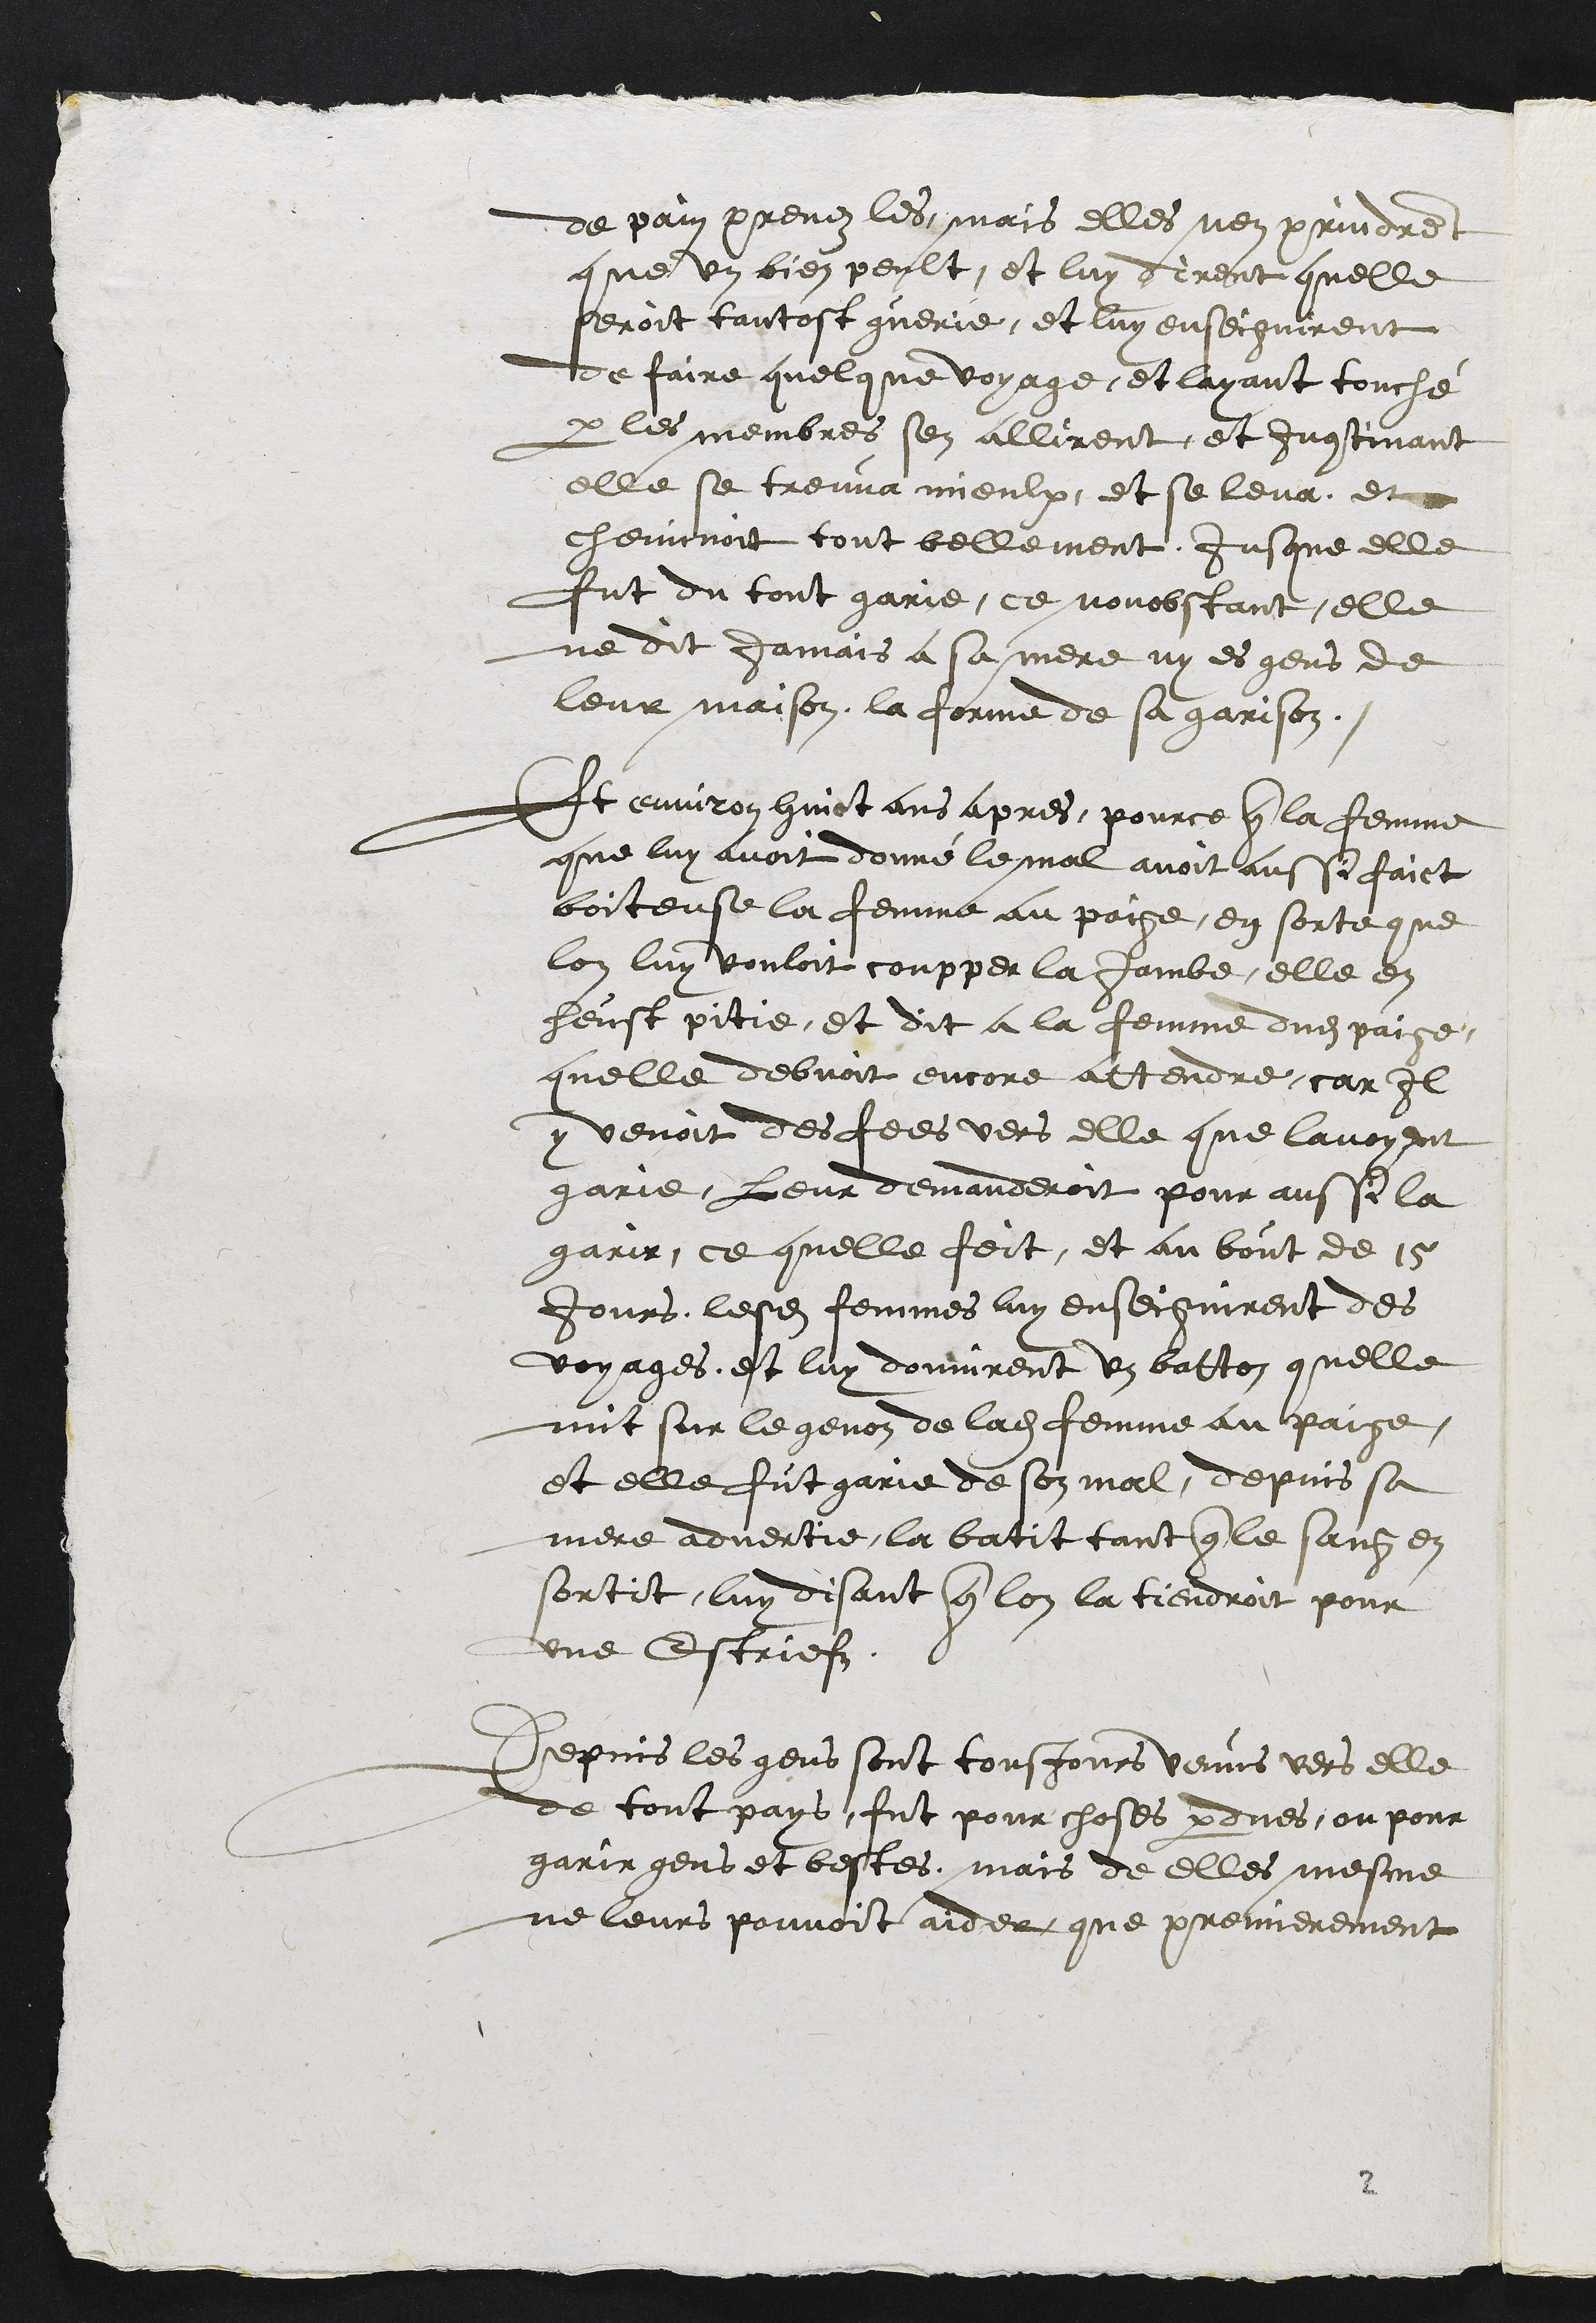
de pain prenez les mais elles nen prindrent
que un bien peult, et luy dirent quelle
seroit tantost guerie, et luy enseignirent
de faire quelque voyage, et layant touché
par les membres sen allirent, et Incontinant
elle se treuva mieulx, et se leva, et
cheminoit tout bellement, Jusque elle
fut du tout garie, ce nonobstant elle
ne dit jamais a sa mere ny es gens de
leur maison, la forme de sa garison.
Et environ huict ans apres, pource que la femme
que luy avoit donné le mal avoit aussi faict
boiteuse la femme au paige en sorte que
lon luy voulloit coupper la Jambe, elle en
heust pitie, et dit a la femme dudit paige,
quelle debvoit encore attendre, car il
y venoit des fees vers elle que lavoyent
garie, Leur demanderoit pour aussi la
garir, ce quelle feit, et au bout de 15
jours lesdites femmes luy enseignirent des
voyages et luy donnirent un batton quelle
mit sur le genoz de ladite femme au paige.
et elle fut garie de son mal, depuis sa
mere advertie, la batit tant que le sang en
sortit, luy disant que lon la tiendroit pour
une Estriefz.
Depuis les gens sont tousjours venus vers elle
de tout pays, fut pour choses perdues, ou pour
garir gens et bestes. mais de elles mesme
ne leurs pouvoit aider que premierement
2.